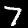
Digit: 7